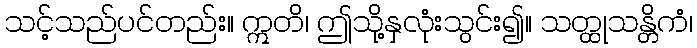
သင့်သည်ပင်တည်း။ ဣတိ၊ ဤသို့နှလုံးသွင်း၍။ သတ္ထုသန္တိကံ၊